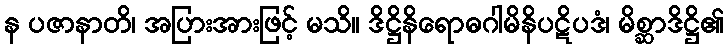
န ပဇာနာတိ၊ အပြားအားဖြင့် မသိ။ ဒိဋ္ဌိနိရောဓဂါမိနိပဋိပဒံ၊ မိစ္ဆာဒိဋ္ဌိ၏